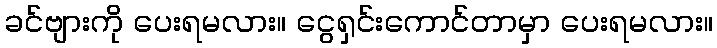
ခင်ဗျားကို ပေးရမလား။ ငွေရှင်းကောင်တာမှာ ပေးရမလား။